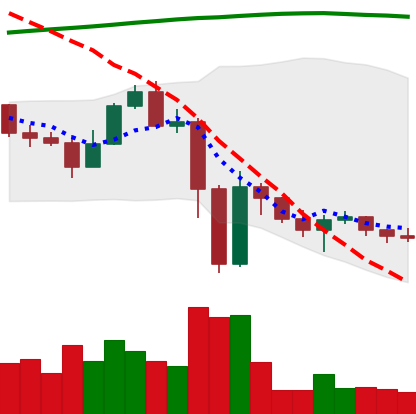
Ticker: ETC-USD
Chart end date: 2022-11-18
Forward return: 4.089%
Label: up_3_5